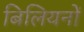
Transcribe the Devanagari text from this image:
बिलियनों